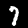
Digit: 7